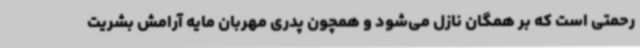
رحمتی است که بر همگان نازل می‌شود و همچون پدری مهربان مایه آرامش بشریت